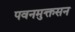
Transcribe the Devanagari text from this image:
पवनमुक्तसन